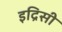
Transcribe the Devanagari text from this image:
इद्रिसी